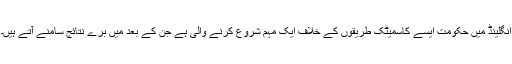
انگلینڈ میں حکومت ایسے کاسمیٹک طریقوں کے خلاف ایک مہم شروع کرنے والی ہے جن کے بعد میں برے نتائج سامنے آتے ہیں۔